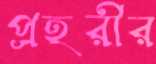
প্রহরীর